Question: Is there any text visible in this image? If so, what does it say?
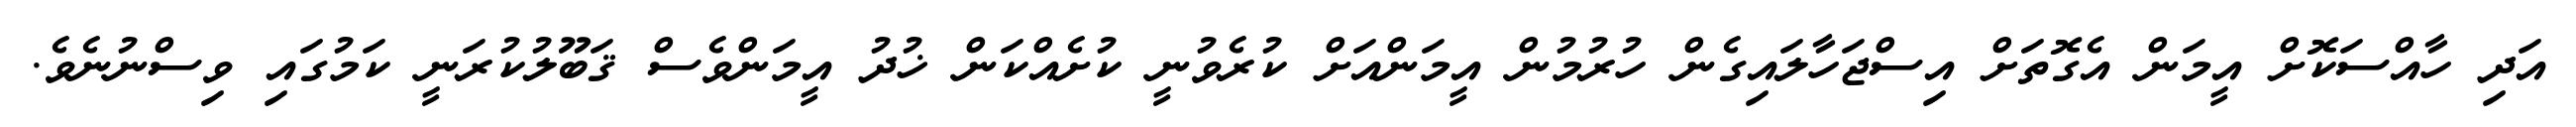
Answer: އަދި ހާއްސަކޮށް އީމަން އެގޮތަށް އިސްޖަހާލައިގެން ހުރުމުން އީމަންއަށް ކުރެވުނީ ކުށެއްކަން ޚުދު އީމަންވެސް ޤަބޫލުކުރަނީ ކަމުގައި ވިސްނުނެވެ.